Leaving Certificate Examination, 1918
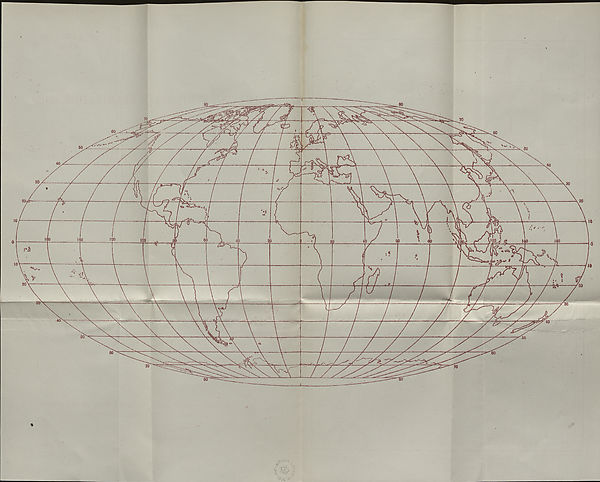
*
.<?
<\0‘l4
^•-4- ' ’-4
%i r